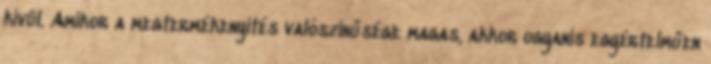
kívül. Amikor a megtermékenyítés valószínűsége magas, akkor ugyanis egyértelműen